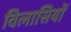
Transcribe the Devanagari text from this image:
विलासियों